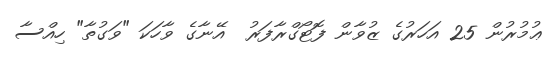
ޢުމުރުން 25 އަހަރުގެ ޒުވާން ފޮޓޯގްރާފަރު  އޭނާގެ ވާހަކަ "ވަގުތާ" ހިއްސާ